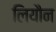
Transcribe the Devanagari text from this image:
लियौन